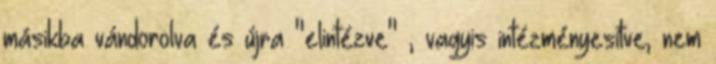
másikba vándorolva és újra "elintézve" , vagyis intézményesítve, nem